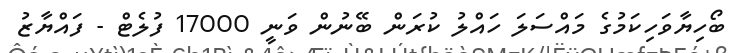
ބޯހިޔާވަހިކަމުގެ މައްސަލަ ހައްލު ކުރަން ބޭނުން ވަނީ 17000 ފުލެޓް - ފައްޔާޒު